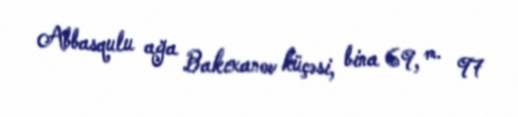
Abbasqulu ağa Bakıxanov küçəsi, bina 69, m. 97